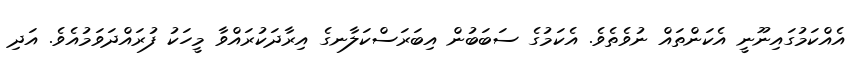
އެއްކަމުގައިނޫނީ އެކަންތައް ނުވެތެވެ. އެކަމުގެ ސަބަބުން އިބަރަސްކަލާނގެ އިރާދަކުރައްވާ މީހަކު ފުރައްދަވަމުއެވެ. އަދި